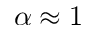
\alpha \approx 1